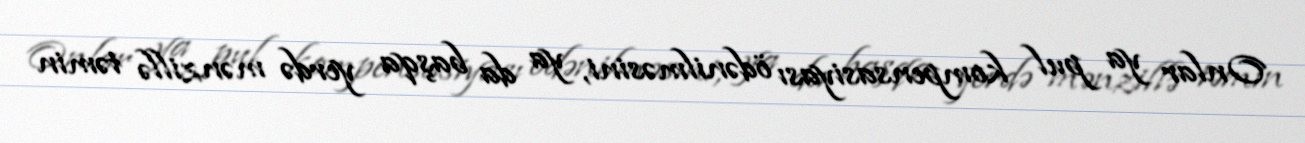
Onlar ya pul kompensasiyası ödənilməsini, ya da başqa yerdə mənzillə təmin